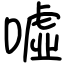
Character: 噓